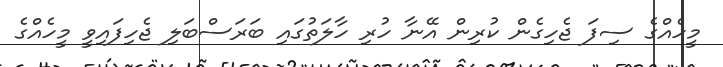
މީހެއްގެ ސިފަ ޖެހިގެން ކުރިން އޭނާ ހުރި ހާލަތުގައި ބަރަސްބަލި ޖެހިފައިވީ މީހެއްގެ